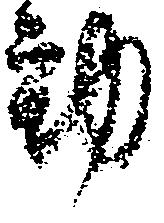
動